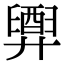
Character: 𢍲